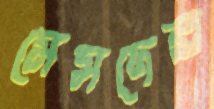
মেমদের